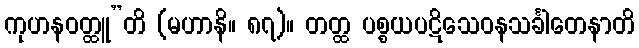
ကုဟနဝတ္ထူ”တိ (မဟာနိ။ ၈၇)။ တတ္ထ ပစ္စယပဋိသေဝနသင်္ခါတေနာတိ